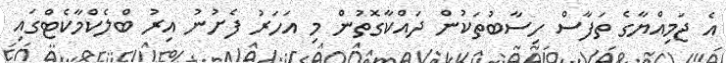
އެ ޖަމިއްޔާގެ ތަފާސް ހިސާބުތަކުން ދައްކާގޮތުން މި އަހަރު ފެށުނު އިރު ބްލެކްމާކެޓްގައި